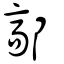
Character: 鄗